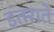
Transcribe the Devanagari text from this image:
इतराते